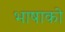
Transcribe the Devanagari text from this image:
भाषाको